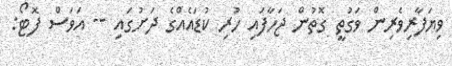
ވިޔަފާރިވެރިން ވަގުތީ ގޮތުން ޖަހާފައި ހުރި ކުޑައެއްގެ ދަަށުގައި -- އަވަސް ފޮޓޯ: